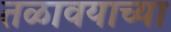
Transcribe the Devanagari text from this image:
तळावयाच्या